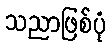
သညာဖြစ်ပုံ